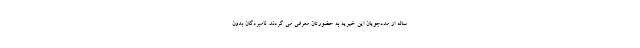
ساله از مددجویان این خیریه به حضورتان معرفی می گردند. نامبردگان بدون